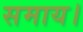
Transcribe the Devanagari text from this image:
समाय।